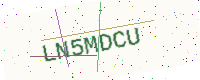
Text: LN5MDCU